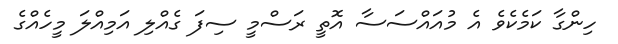
ހިންގާ ކަމެކެވެ އެ މުއައްސަސާ އޮތީ ރަސްމީ ސިފަ ގެއްލި އަމިއްލަ މީހެއްގެ